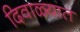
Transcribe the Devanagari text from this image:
दिवाळ्यात